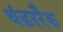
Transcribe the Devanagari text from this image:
थंडररैक